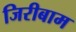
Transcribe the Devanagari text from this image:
जिरीबाम